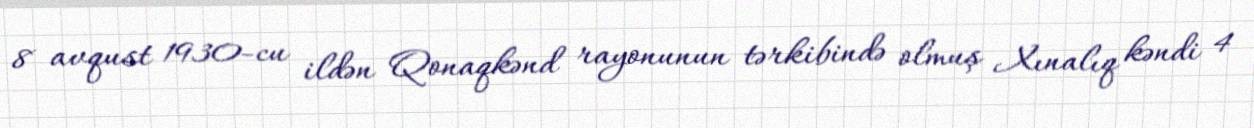
8 avqust 1930-cu ildən Qonaqkənd rayonunun tərkibində olmuş Xınalıq kəndi 4